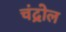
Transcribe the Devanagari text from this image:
चंद्रोल